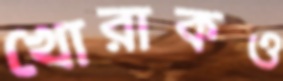
খোরাকও